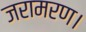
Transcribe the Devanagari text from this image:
जरामरण।